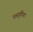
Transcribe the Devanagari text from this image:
प्रस्तुतिया